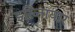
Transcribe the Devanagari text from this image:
इख़्तिायार